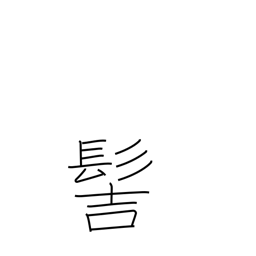
Meaning: samurai topknot